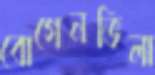
বোগেনভিলা